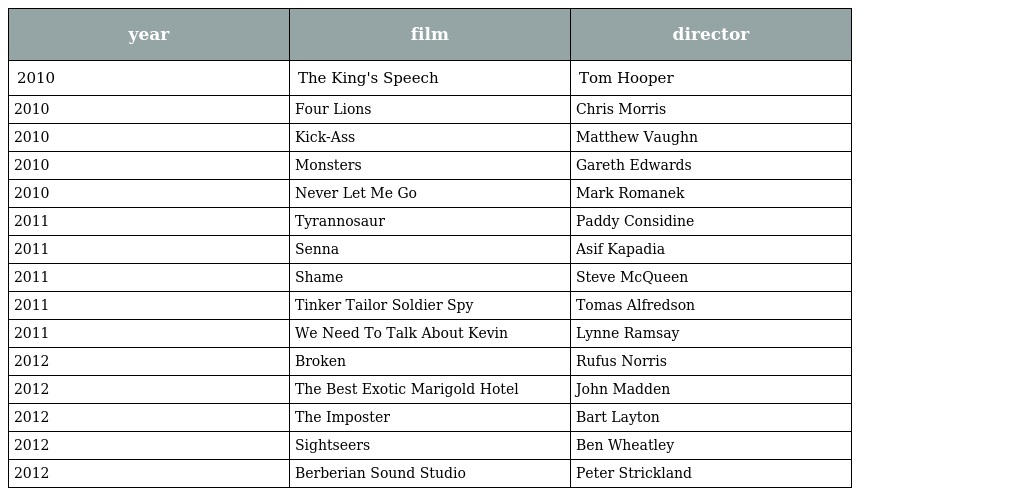
| year | film | director |
 | --- | --- | --- |
 | 2010 | The King's Speech | Tom Hooper |
 | 2010 | Four Lions | Chris Morris |
 | 2010 | Kick-Ass | Matthew Vaughn |
 | 2010 | Monsters | Gareth Edwards |
 | 2010 | Never Let Me Go | Mark Romanek |
 | 2011 | Tyrannosaur | Paddy Considine |
 | 2011 | Senna | Asif Kapadia |
 | 2011 | Shame | Steve McQueen |
 | 2011 | Tinker Tailor Soldier Spy | Tomas Alfredson |
 | 2011 | We Need To Talk About Kevin | Lynne Ramsay |
 | 2012 | Broken | Rufus Norris |
 | 2012 | The Best Exotic Marigold Hotel | John Madden |
 | 2012 | The Imposter | Bart Layton |
 | 2012 | Sightseers | Ben Wheatley |
 | 2012 | Berberian Sound Studio | Peter Strickland |